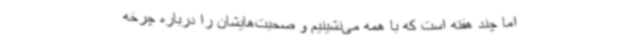
اما چند هفته است که با همه می‌نشینیم و صحبت‌هایشان را درباره چرخه